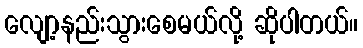
လျော့နည်းသွားစေမယ်လို့ ဆိုပါတယ်။